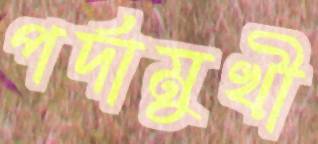
পর্দামুখী